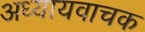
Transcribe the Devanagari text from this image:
अध्यायवाचक